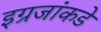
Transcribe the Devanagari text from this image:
इग्रजांकडे